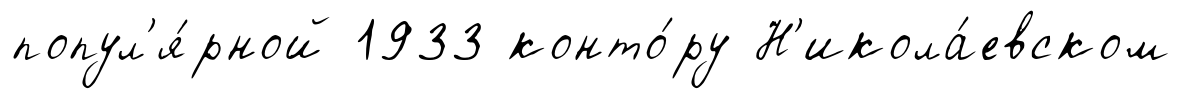
попул'я́рной 1933 конто́ру Н'икола́евском